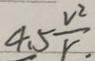
4 . 5 \frac { V ^ { 2 } } { r . }